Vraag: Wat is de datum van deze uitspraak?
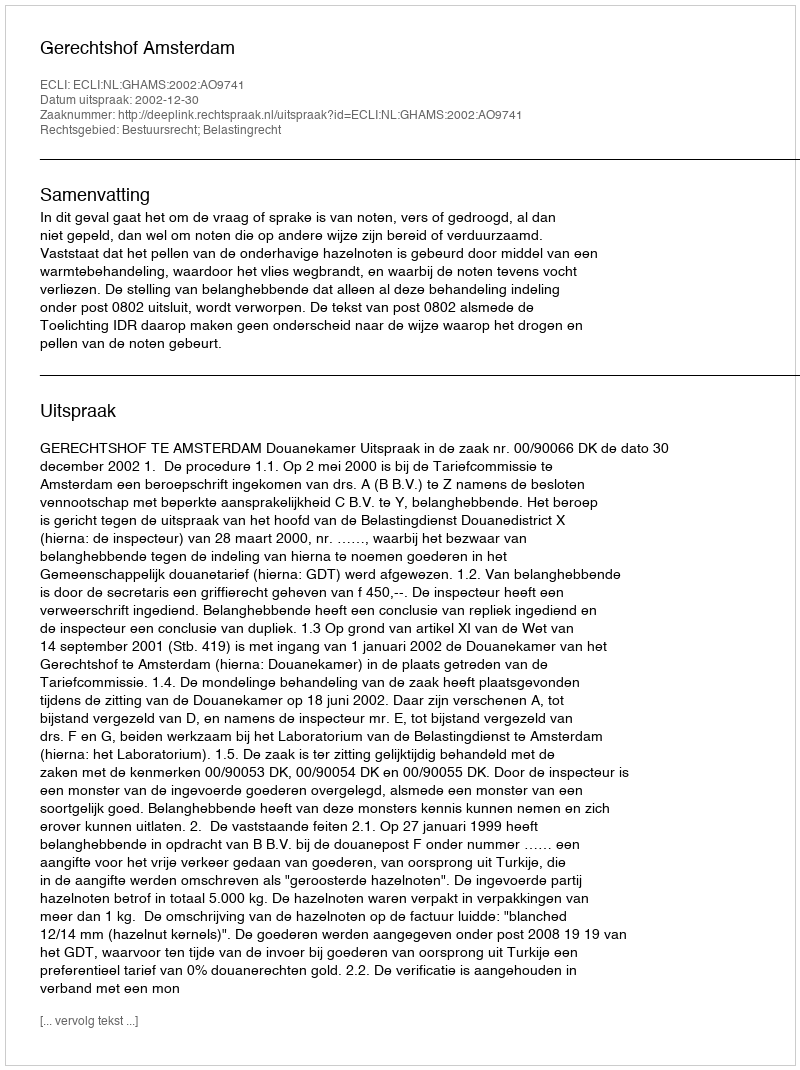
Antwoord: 2002-12-30